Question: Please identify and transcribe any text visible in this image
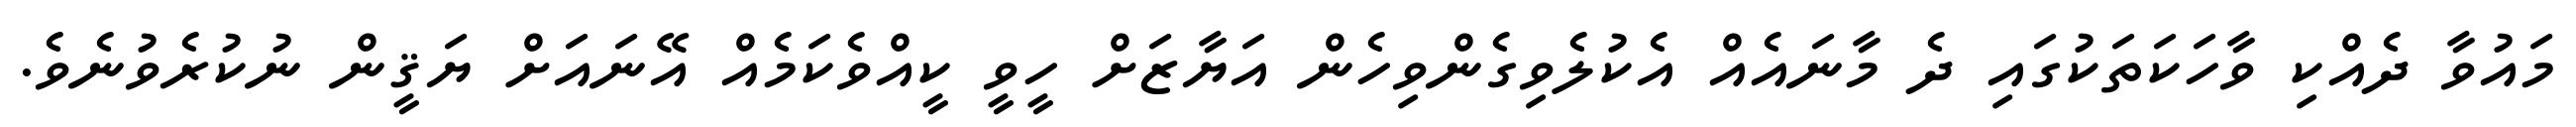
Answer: މައުވާ ދެއްކި ވާހަކަތަކުގައި ދެ މާނައެއް އެކުލެވިގެންވިހެން އަޔާޒަށް ހީވީ ކީއްވެކަމެއް އޭނައަށް ޔަޤީން ނުކުރެވުނެވެ.